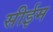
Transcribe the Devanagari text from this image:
सीईम